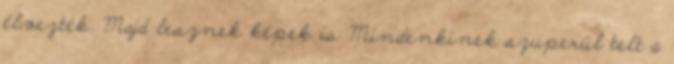
élvezték. Majd lesznek képek is Mindenkinek szuperül telt a